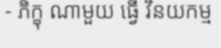
- ភិក្ខុ ណាមួយ ធ្វើ វិនយកម្ម